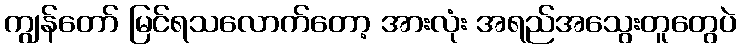
ကျွန်တော် မြင်ရသလောက်တော့ အားလုံး အရည်အသွေးတူတွေပဲ